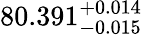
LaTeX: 80.391_{-0.015}^{+0.014}